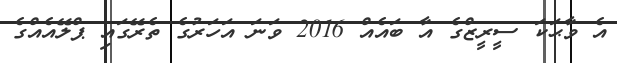
އެ ވާޙަކަ ސީރީޒްގެ އާ ބައެއް 2016 ވަނަ އަހަރުގެ ތެރޭގައި ޕްލޭއެއްގެ